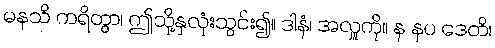
မနသိ ကရိတွာ၊ ဤသို့နှလုံးသွင်း၍။ ဒါနံ၊ အလှူကို။ န နပ ဒေတိ၊